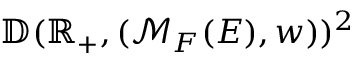
\mathbb { D } ( \mathbb { R } _ { + } , ( \mathcal { M } _ { F } ( E ) , w ) ) ^ { 2 }